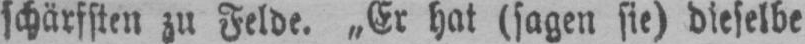
schärfsten zu Felde. „Er hat (sagen sie) dieselbe